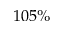
1 0 5 \%